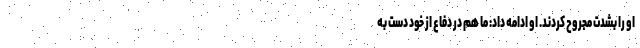
او را بشدت مجروح کردند. او ادامه داد: ما هم در دفاع از خود دست به